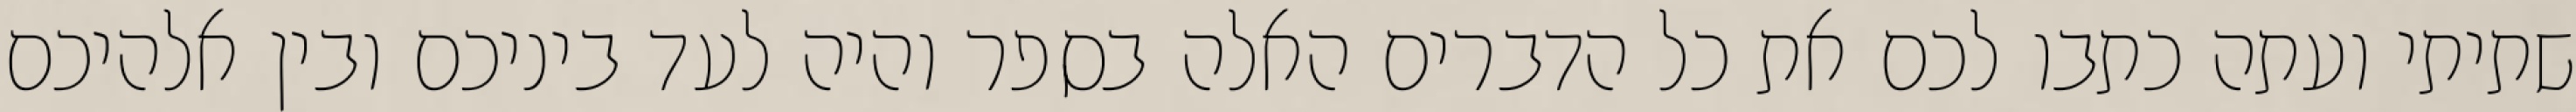
שתיתי ועתה כתבו לכם את כל הדברים האלה בספר והיה לעד ביניכם ובין אלהיכם